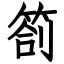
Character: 箚